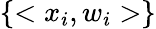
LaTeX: \{ <x_{i},w_{i}>\}